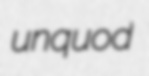
unquod